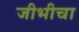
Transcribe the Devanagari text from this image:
जीभीचा